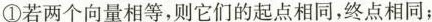
①若两个向量相等，则它们的起点相同，终点相同；